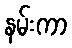
နမ်းကာ